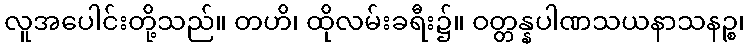
လူအပေါင်းတို့သည်။ တဟိ၊ ထိုလမ်းခရီး၌။ ဝတ္တန္နပါဏသယနာသနဉ္စ၊